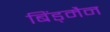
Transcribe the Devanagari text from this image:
बिंड्मैन